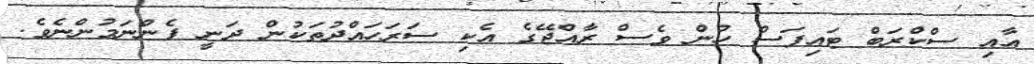
އާއި ސްކްރަބް ޓައިފަސް ހުން ވެސް ރާއްޖޭގެ އެކި ސަރަހައްދުތަކުން ދަނީ ފެންނަމުންނެވެ.